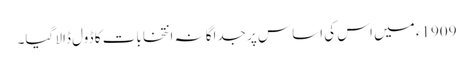
1909ء میں اس کی اساس پر جداگانہ انتخابات کا ڈول ڈالا گیا۔